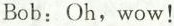
Bob: Oh, wow!